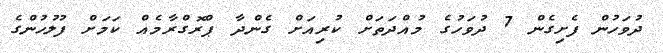
ދުވަހުން ފެށިގެން 7 ދުވަހުގެ މުއްދަތަށް ކުރިއަށް ގެންދާ ޕްރޮގްރާމެއް ކަމަށް ފުލުހުންގެ